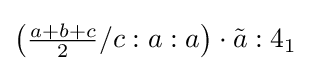
\left({\tfrac {a+b+c}{2}}/c:a:a\right)\cdot {\tilde {a}}:4_{1}